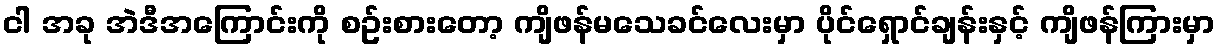
ငါ အခု အဲဒီအကြောင်းကို စဥ်းစားတော့ ကျိဖန်မသေခင်လေးမှာ ပိုင်ရှောင်ချန်းနှင့် ကျိဖန်ကြားမှာ